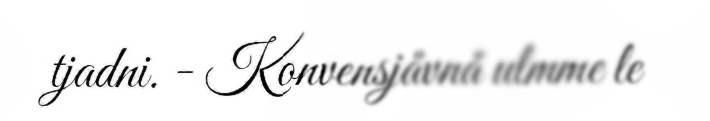
tjadni. - Konvensjåvnå ulmme le